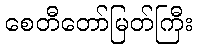
စေတီတော်မြတ်ကြီး